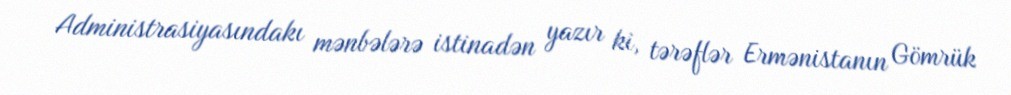
Administrasiyasındakı mənbələrə istinadən yazır ki, tərəflər Ermənistanın Gömrük